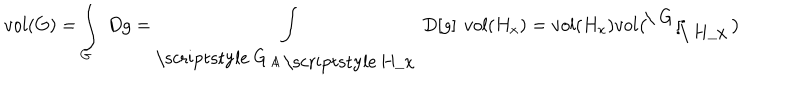
v o l ( G ) = \int _ { G } \ D g = \int _ { \raise 1 p t \mathrm { ~ \scriptstyle ~ G ~ } / \lower 1 p t \mathrm { ~ \scriptstyle ~ H _ { x } ~ } } D [ g ] v o l ( H _ { x } ) = v o l ( H _ { x } ) v o l \bigl ( \! \! \raise 4 p t \mathrm { ~ \ G ~ } \! / \! \! \! \lower 4 p t \mathrm { ~ \ H _ { x } ~ } \bigr )